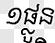
១ផ្លូន